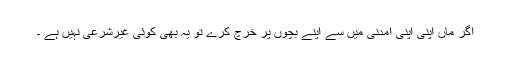
اگر ماں اپنی اپنی آمدنی میں سے اپنے بچوں پر خرچ کرے تو یہ بھی کوئی غیرشرعی نہیں ہے ۔